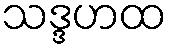
သဒ္ဒဟထ